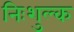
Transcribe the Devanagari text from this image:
निःशुल्‍क